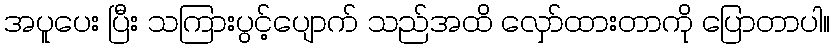
အပူပေး ပြီး သကြားပွင့်ပျောက် သည်အထိ လှော်ထားတာကို ပြောတာပါ။